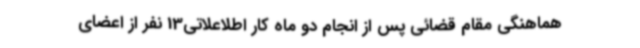
هماهنگی مقام قضائی پس از انجام دو ماه کار اطلاعلاتی13 نفر از اعضای